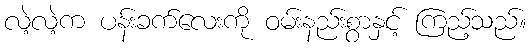
လဲ့လဲ့က ပန်းခက်လေးကို ဝမ်းနည်းစွာနှင့် ကြည့်သည်။